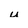
Character: u